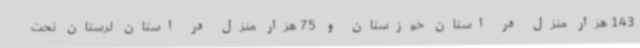
143 هزار منزل در استان خوزستان و 75 هزار منزل در استان لرستان تحت